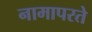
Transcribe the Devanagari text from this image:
नामापरते